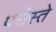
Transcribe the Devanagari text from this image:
परोस्ते